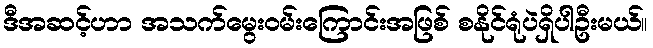
ဒီအဆင့်ဟာ အသက်မွေး၀မ်းကြောင်းအဖြစ် စနိုင်ရုံပဲရှိပါဦးမယ်။